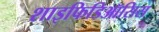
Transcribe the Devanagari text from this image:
शाइफिडिऑसिस